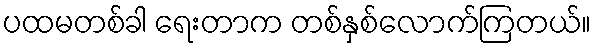
ပထမတစ်ခါ ရေးတာက တစ်နှစ်လောက်ကြတယ်။